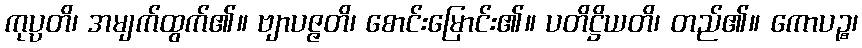
ကုပ္ပတိ၊ အမျက်ထွက်၏။ ဗျာပဇ္ဇတိ၊ စောင်းမြောင်း၏။ ပတိဋ္ဌိယတိ၊ တည်၏။ ကောပဉ္စ၊